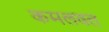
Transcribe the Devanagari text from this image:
कमलवत